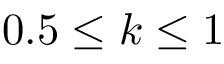
0 . 5 \leq k \leq 1